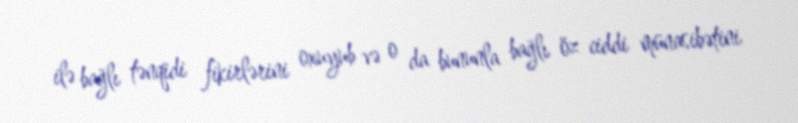
ilə bağlı tənqidi fikirlərini oxuyub və o da bununla bağlı öz ciddi münasibətini